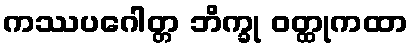
ကဿပဂေါတ္တ ဘိက္ခု ဝတ္ထုကထာ